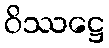
ဝိဿဋ္ဌေ